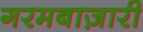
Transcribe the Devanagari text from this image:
गरमबाज़ारी